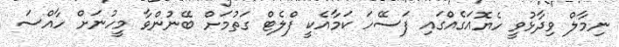
ނިމާލް ވިދާޅުވީ ހެޔޮއަގެއްގައި ފަސޭހަ ކަމާއެކީ ފްލެޓް ގަތުމަށް ބޭނުންވާ މީހުނަށް ހާއްސަ